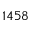
1 4 5 8